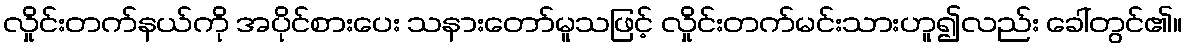
လှိုင်းတက်နယ်ကို အပိုင်စားပေး သနားတော်မူသဖြင့် လှိုင်းတက်မင်းသားဟူ၍လည်း ခေါ်တွင်၏။